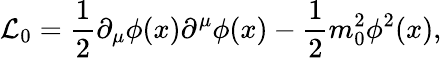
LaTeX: {\cal L}_{0}=\frac{1}{2}\partial_{\mu}\phi(x)\partial^{\mu}\phi(x)-\frac{1}{2}m_{0}^{2}\phi^{2}(x),